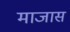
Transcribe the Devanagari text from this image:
माजास